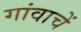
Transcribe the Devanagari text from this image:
गांवाचें